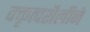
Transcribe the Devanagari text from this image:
वक्तृत्वशैलीने